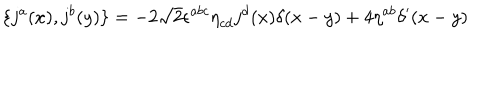
LaTeX: \{ j ^ { a } ( x ) , j ^ { b } ( y ) \} = - 2 \sqrt { 2 } { \epsilon } ^ { a b c } { \eta } _ { c d } j ^ { d } ( x ) { \delta } ( x - y ) + 4 { \eta } ^ { a b } { \delta } ^ { \prime } ( x - y )